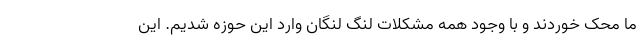
ما محک خوردند و با وجود همه مشکلات لنگ لنگان وارد این حوزه شدیم. این